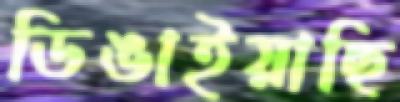
ডিঙাইয়াছি